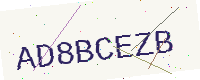
Text: AD8BCEZB